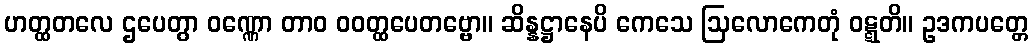
ဟတ္ထတလေ ဌပေတွာ ဝဏ္ဏော တာဝ ဝဝတ္ထပေတဗ္ဗော။ ဆိန္နဋ္ဌာနေပိ ကေသေ ဩလောကေတုံ ဝဋ္ဋတိ။ ဥဒကပတ္တေ